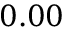
0 . 0 0